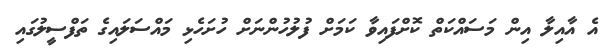
އެ އާއިލާ އިން މަސައްކަތް ކޮށްފައިވާ ކަމަށް ފުލުހުންނަށް ހުށަހެޅި މައްސަލައިގެ ތަފްސީލުގައި